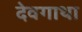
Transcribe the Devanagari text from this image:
देवगाथा